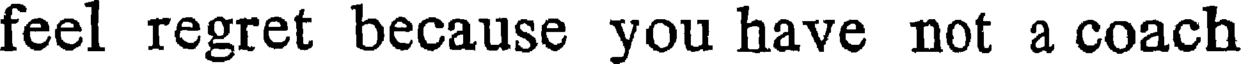
feel regret because you have not a coach